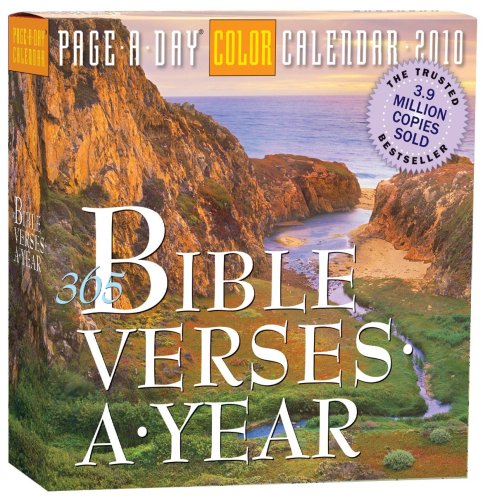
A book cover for Bible Verses Page-A-Day Calendar 2010; Workman Publishing; Calendars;